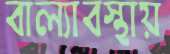
বাল্যাবস্থায়